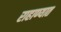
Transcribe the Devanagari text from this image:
राहाण्यात